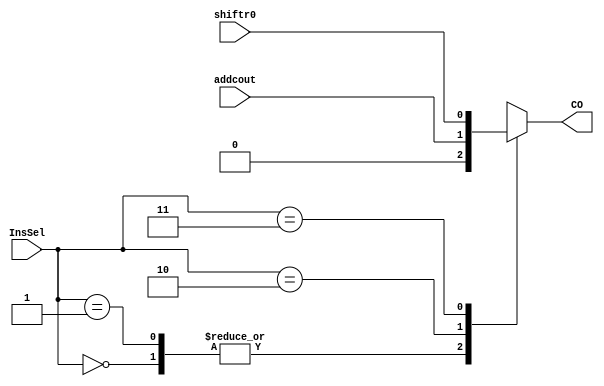
`timescale 1ns / 1ps

module MUX1IN(
input addcout,
input shiftr0,
input [1:0] InsSel,
output reg CO
    );
    
always @(*) begin

case(InsSel)
0: CO <= 1'b0;
1: CO <= 1'b0;
2: CO <= addcout;
3: CO <= shiftr0;
endcase

end
endmodule